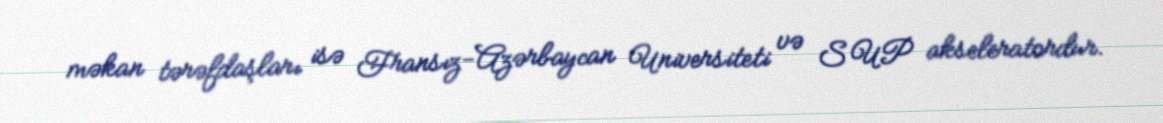
məkan tərəfdaşları isə Fransız-Azərbaycan Universiteti və SUP akseleratordur.